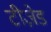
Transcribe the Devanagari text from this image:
टीज़ेड